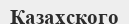
Казахского